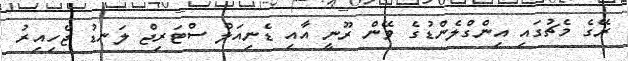
ރޭގެ މެޗުގައި އިންގްލެންޑުގެ ވޭން ރޫނީ އާއި ޑެނިއަލް ސްޓަރިޖް ލަނޑު ޖެހިއިރު